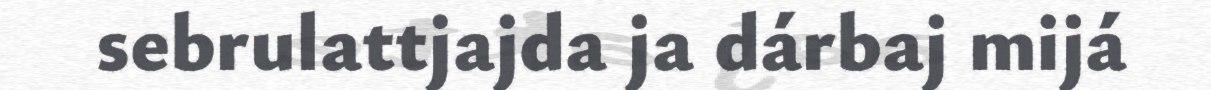
sebrulattjajda ja dárbaj mijá